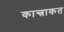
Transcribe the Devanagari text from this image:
कान्त्राकत